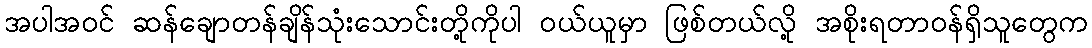
အပါအဝင် ဆန်ချောတန်ချိန်သုံးသောင်းတို့ကိုပါ ဝယ်ယူမှာ ဖြစ်တယ်လို့ အစိုးရတာဝန်ရှိသူတွေက